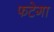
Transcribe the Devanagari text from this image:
फटेगा